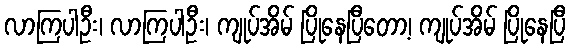
လာကြပါဦး၊ လာကြပါဦး၊ ကျုပ်အိမ် ပြိုနေပြီတော့၊ ကျုပ်အိမ် ပြိုနေပြီ